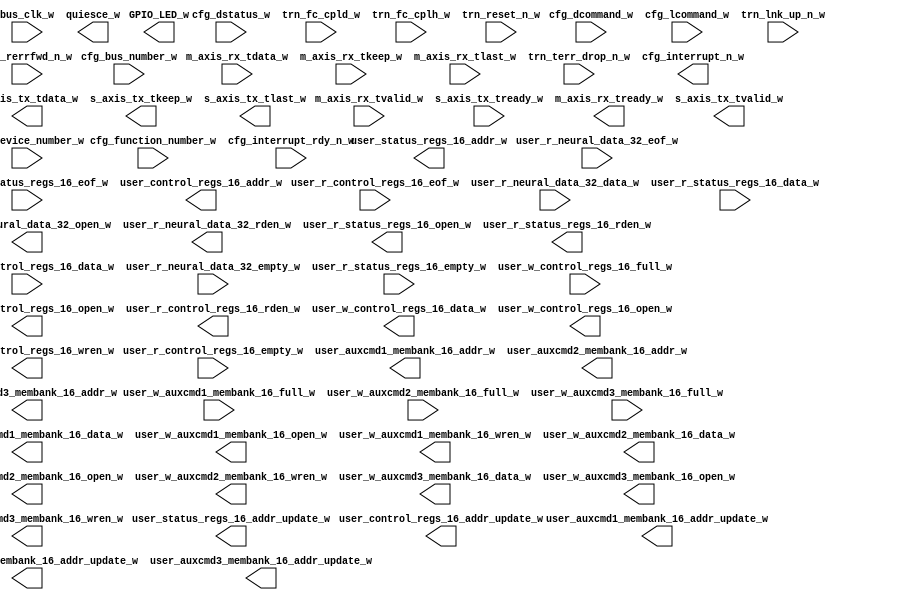
module xillybus_core
  (
  input  bus_clk_w,
  input [7:0] cfg_bus_number_w,
  input [15:0] cfg_dcommand_w,
  input [4:0] cfg_device_number_w,
  input [15:0] cfg_dstatus_w,
  input [2:0] cfg_function_number_w,
  input  cfg_interrupt_rdy_n_w,
  input [15:0] cfg_lcommand_w,
  input [63:0] m_axis_rx_tdata_w,
  input [7:0] m_axis_rx_tkeep_w,
  input  m_axis_rx_tlast_w,
  input  m_axis_rx_tvalid_w,
  input  s_axis_tx_tready_w,
  input [11:0] trn_fc_cpld_w,
  input [7:0] trn_fc_cplh_w,
  input  trn_lnk_up_n_w,
  input  trn_rerrfwd_n_w,
  input  trn_reset_n_w,
  input  trn_terr_drop_n_w,
  input [15:0] user_r_control_regs_16_data_w,
  input  user_r_control_regs_16_empty_w,
  input  user_r_control_regs_16_eof_w,
  input [31:0] user_r_neural_data_32_data_w,
  input  user_r_neural_data_32_empty_w,
  input  user_r_neural_data_32_eof_w,
  input [15:0] user_r_status_regs_16_data_w,
  input  user_r_status_regs_16_empty_w,
  input  user_r_status_regs_16_eof_w,
  input  user_w_auxcmd1_membank_16_full_w,
  input  user_w_auxcmd2_membank_16_full_w,
  input  user_w_auxcmd3_membank_16_full_w,
  input  user_w_control_regs_16_full_w,
  output [3:0] GPIO_LED_w,
  output  cfg_interrupt_n_w,
  output  m_axis_rx_tready_w,
  output  quiesce_w,
  output [63:0] s_axis_tx_tdata_w,
  output [7:0] s_axis_tx_tkeep_w,
  output  s_axis_tx_tlast_w,
  output  s_axis_tx_tvalid_w,
  output  user_auxcmd1_membank_16_addr_update_w,
  output [15:0] user_auxcmd1_membank_16_addr_w,
  output  user_auxcmd2_membank_16_addr_update_w,
  output [15:0] user_auxcmd2_membank_16_addr_w,
  output  user_auxcmd3_membank_16_addr_update_w,
  output [15:0] user_auxcmd3_membank_16_addr_w,
  output  user_control_regs_16_addr_update_w,
  output [4:0] user_control_regs_16_addr_w,
  output  user_r_control_regs_16_open_w,
  output  user_r_control_regs_16_rden_w,
  output  user_r_neural_data_32_open_w,
  output  user_r_neural_data_32_rden_w,
  output  user_r_status_regs_16_open_w,
  output  user_r_status_regs_16_rden_w,
  output  user_status_regs_16_addr_update_w,
  output [4:0] user_status_regs_16_addr_w,
  output [15:0] user_w_auxcmd1_membank_16_data_w,
  output  user_w_auxcmd1_membank_16_open_w,
  output  user_w_auxcmd1_membank_16_wren_w,
  output [15:0] user_w_auxcmd2_membank_16_data_w,
  output  user_w_auxcmd2_membank_16_open_w,
  output  user_w_auxcmd2_membank_16_wren_w,
  output [15:0] user_w_auxcmd3_membank_16_data_w,
  output  user_w_auxcmd3_membank_16_open_w,
  output  user_w_auxcmd3_membank_16_wren_w,
  output [15:0] user_w_control_regs_16_data_w,
  output  user_w_control_regs_16_open_w,
  output  user_w_control_regs_16_wren_w
);
endmodule